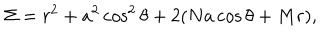
\Sigma = r ^ { 2 } + a ^ { 2 } \cos ^ { 2 } \theta + 2 ( N a \cos \theta + M r ) ,